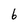
Character: 6